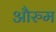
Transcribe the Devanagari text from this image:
औरुम